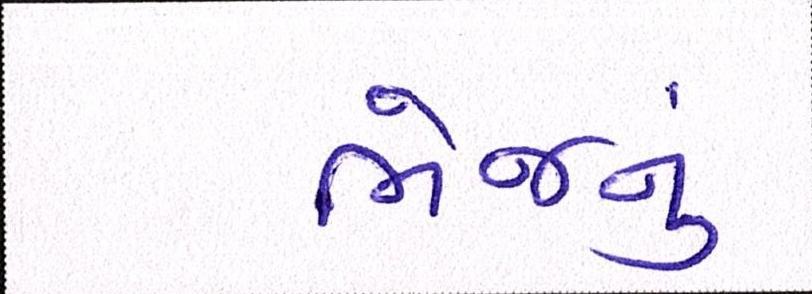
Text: ભેજનું